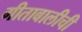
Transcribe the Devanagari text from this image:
गीताबालीची